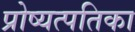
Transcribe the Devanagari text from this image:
प्रोष्यत्पतिका